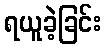
ရယူခဲ့ခြင်း